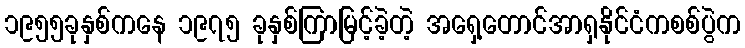
၁၉၅၅ခုနှစ်ကနေ ၁၉၇၅ ခုနှစ်ကြာမြင့်ခဲ့တဲ့ အရှေ့တောင်အာရှနိုင်ငံကစစ်ပွဲက